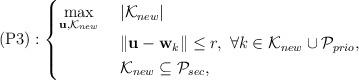
LaTeX: \begin{align*}\mathrm{(P3)}:\begin{cases}\underset{\mathbf u, \mathcal K_{new}}{\max} & \ |\mathcal K_{new}| \\ & \ \|\mathbf u-\mathbf w_k\| \leq r, \ \forall k\in \mathcal K_{new}\cup \mathcal P_{prio},\\& \ \mathcal K_{new} \subseteq \mathcal P_{sec},\end{cases}\end{align*}